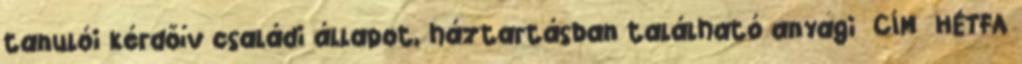
tanulói kérdőív családi állapot, háztartásban található anyagi CÍM HÉTFA